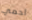
احمي